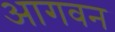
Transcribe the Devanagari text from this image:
आगवन